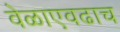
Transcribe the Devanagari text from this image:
वेळाएवढाच